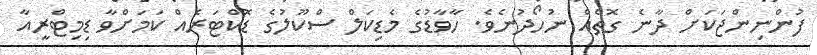
ފުންނިންޖަކަށް ދާނެ ގޮތެއް ނުހޯދުނެވެ. ހާވާޑުގެ މެޑިކަލް ސްކޫލުގެ ޑޮކްޓަރެއް ކަމަށްވާ ޑިިމިޓްރީއާ